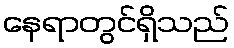
နေရာတွင်ရှိသည်